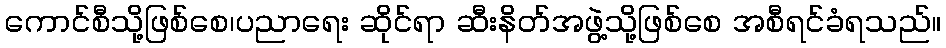
ကောင်စီသို့ဖြစ်စေ၊ပညာရေး ဆိုင်ရာ ဆီးနိတ်အဖွဲ့သို့ဖြစ်စေ အစီရင်ခံရသည်။